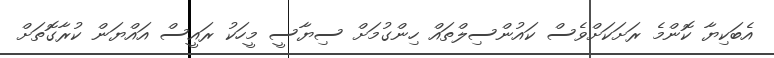
އެބަކިޔާ ކޮންމެ ރަށަކަށްވެސް ކައުންސިލްތައް ހިންގުމަށް ސިޔާސީ މީހަކު ރައީސް އައްޔަން ކުރާގޮތަށް